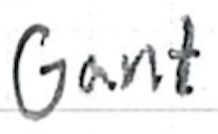
Text: Gant.
Cross-out: clean
Writing tool: ballpoint